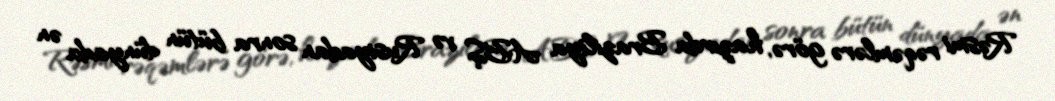
Rəsmi rəqəmlərə görə, hazırda Braziliya ABŞ və Rusiyadan sonra bütün dünyada ən